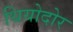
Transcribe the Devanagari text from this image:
थियोदोर